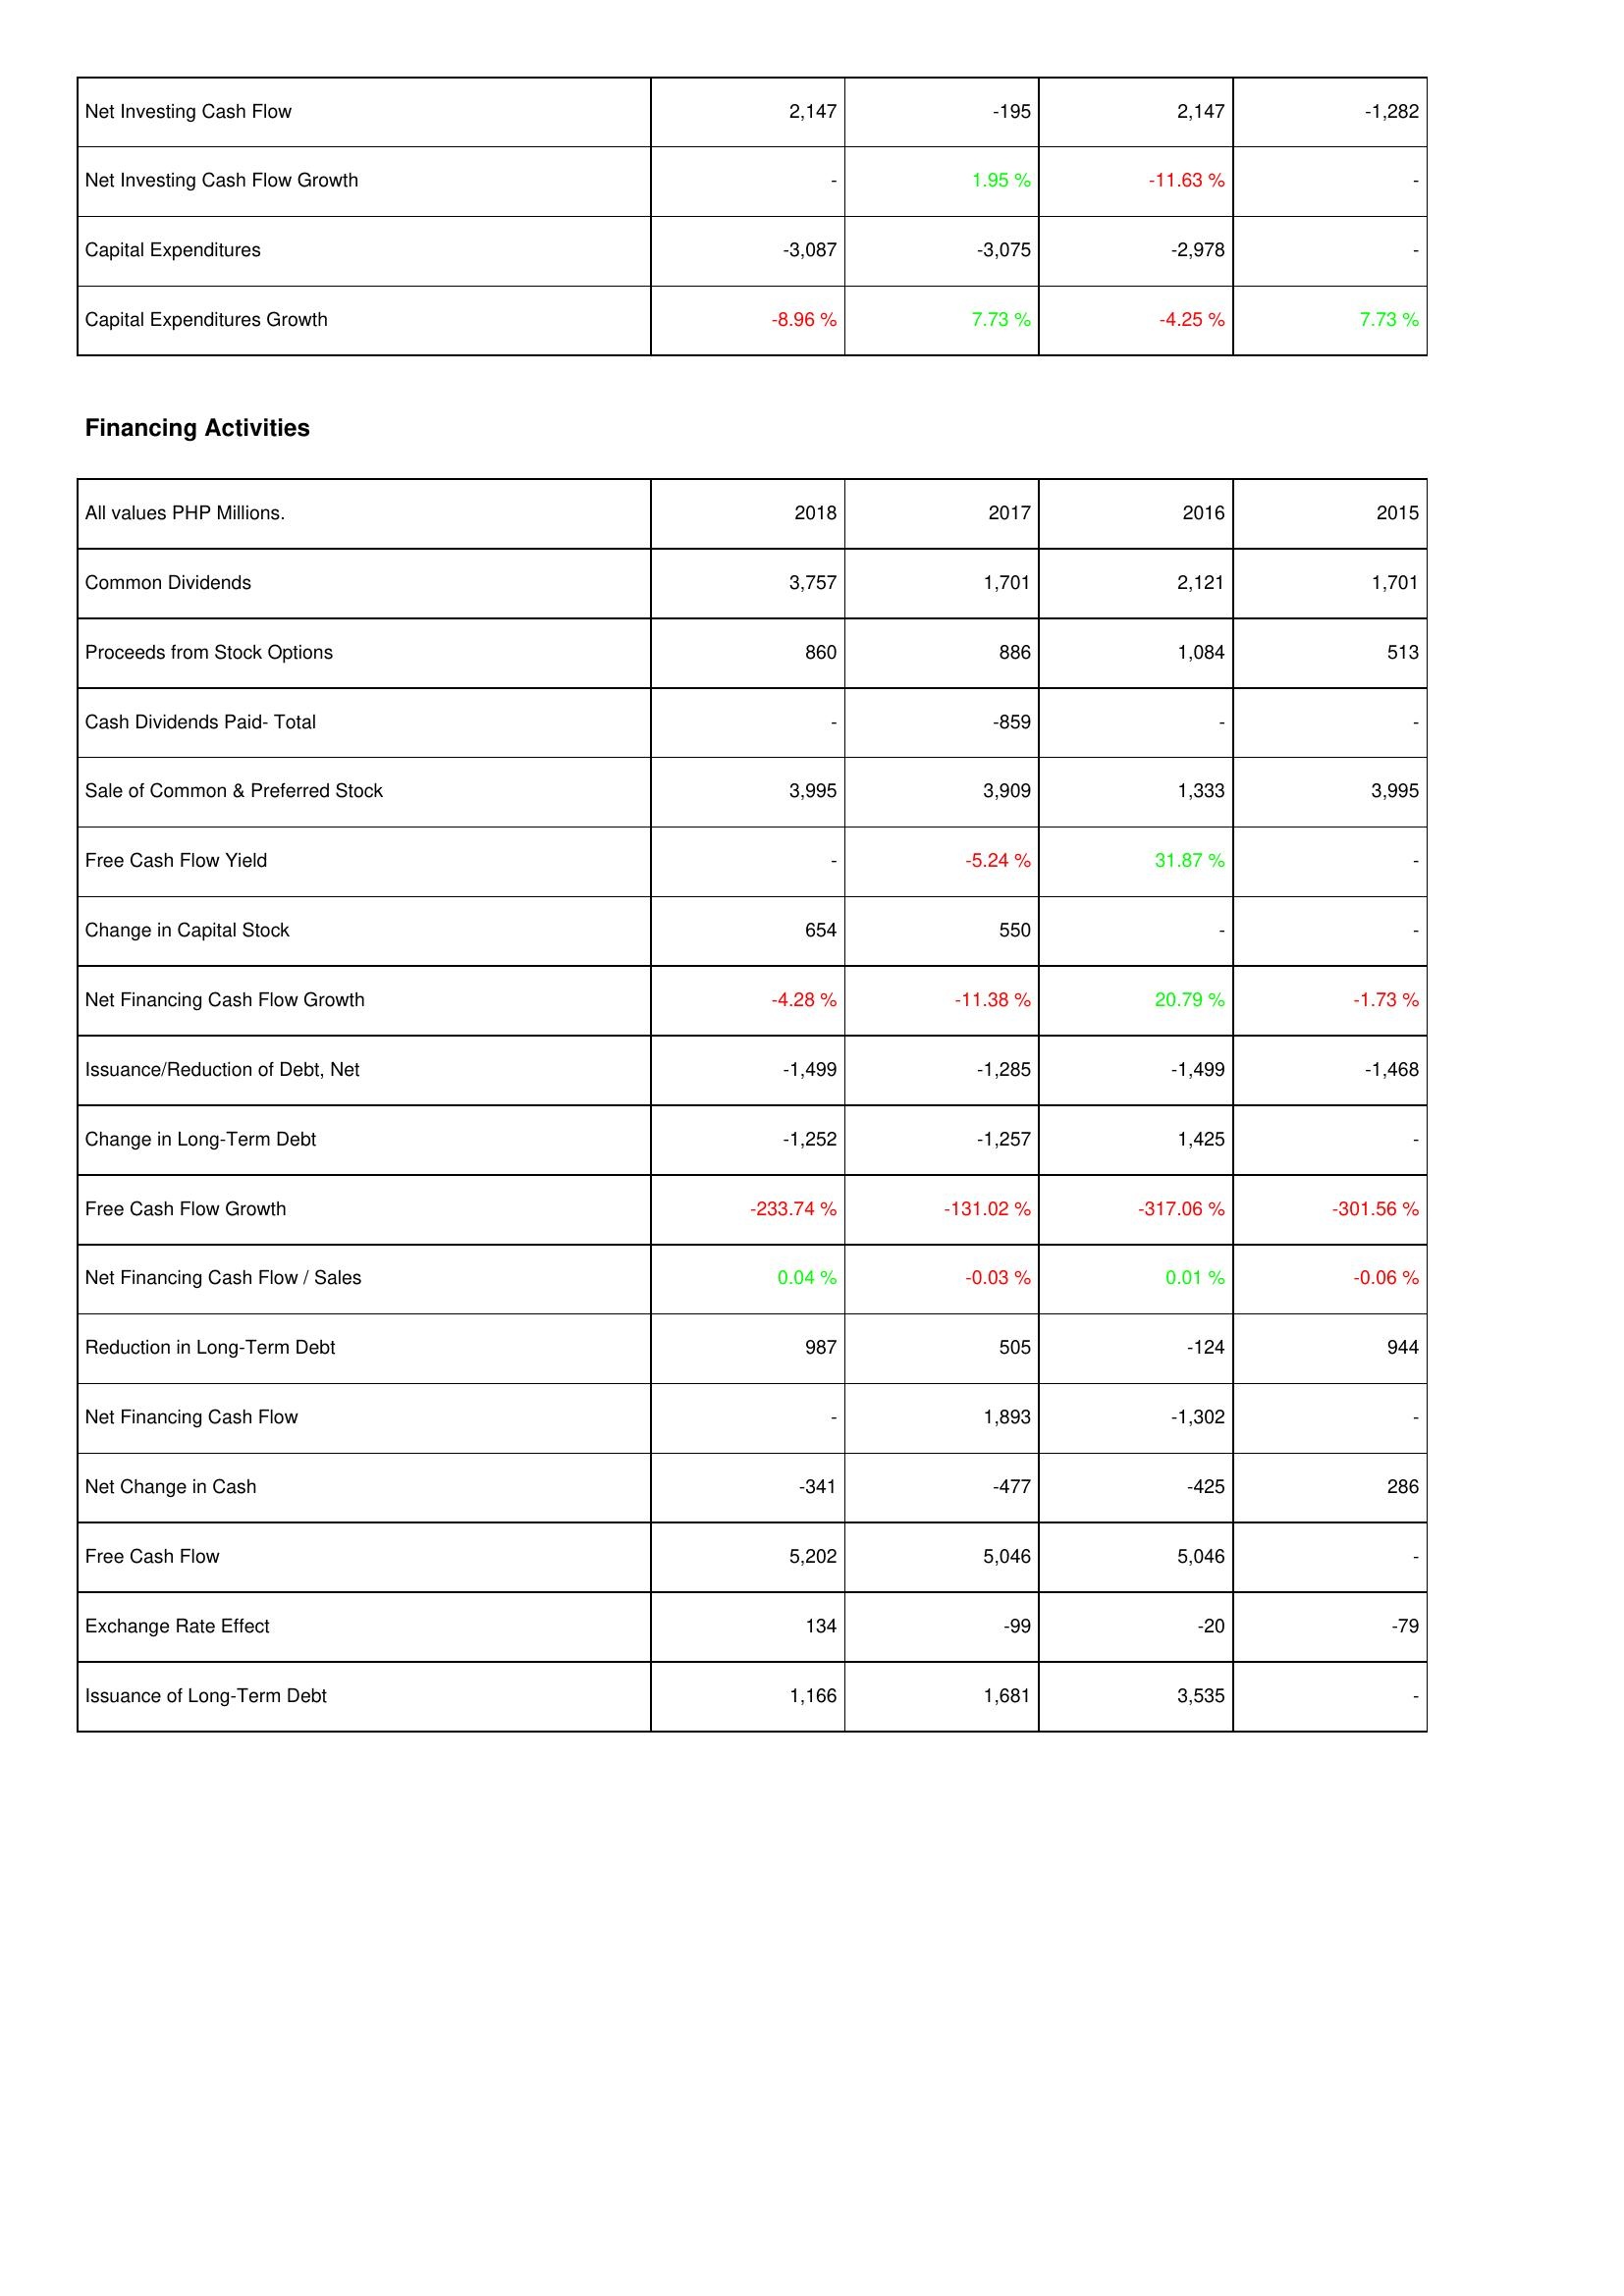
2018: Investing Activities: Net Investing Cash Flow: 2,147
Net Investing Cash Flow Growth: -
Capital Expenditures: -3,087
Capital Expenditures Growth: -8.96 %
Financing Activities: Common Dividends: 3,757
Proceeds from Stock Options: 860
Cash Dividends Paid- Total: -
Sale of Common & Preferred Stock: 3,995
Free Cash Flow Yield: -
Change in Capital Stock: 654
Net Financing Cash Flow Growth: -4.28 %
Issuance/Reduction of Debt, Net: -1,499
Change in Long-Term Debt: -1,252
Free Cash Flow Growth: -233.74 %
Net Financing Cash Flow / Sales: 0.04 %
Reduction in Long-Term Debt: 987
Net Financing Cash Flow: -
Net Change in Cash: -341
Free Cash Flow: 5,202
Exchange Rate Effect: 134
Issuance of Long-Term Debt: 1,166
2017: Investing Activities: Net Investing Cash Flow: -195
Net Investing Cash Flow Growth: 1.95 %
Capital Expenditures: -3,075
Capital Expenditures Growth: 7.73 %
Financing Activities: Common Dividends: 1,701
Proceeds from Stock Options: 886
Cash Dividends Paid- Total: -859
Sale of Common & Preferred Stock: 3,909
Free Cash Flow Yield: -5.24 %
Change in Capital Stock: 550
Net Financing Cash Flow Growth: -11.38 %
Issuance/Reduction of Debt, Net: -1,285
Change in Long-Term Debt: -1,257
Free Cash Flow Growth: -131.02 %
Net Financing Cash Flow / Sales: -0.03 %
Reduction in Long-Term Debt: 505
Net Financing Cash Flow: 1,893
Net Change in Cash: -477
Free Cash Flow: 5,046
Exchange Rate Effect: -99
Issuance of Long-Term Debt: 1,681
2016: Investing Activities: Net Investing Cash Flow: 2,147
Net Investing Cash Flow Growth: -11.63 %
Capital Expenditures: -2,978
Capital Expenditures Growth: -4.25 %
Financing Activities: Common Dividends: 2,121
Proceeds from Stock Options: 1,084
Cash Dividends Paid- Total: -
Sale of Common & Preferred Stock: 1,333
Free Cash Flow Yield: 31.87 %
Change in Capital Stock: -
Net Financing Cash Flow Growth: 20.79 %
Issuance/Reduction of Debt, Net: -1,499
Change in Long-Term Debt: 1,425
Free Cash Flow Growth: -317.06 %
Net Financing Cash Flow / Sales: 0.01 %
Reduction in Long-Term Debt: -124
Net Financing Cash Flow: -1,302
Net Change in Cash: -425
Free Cash Flow: 5,046
Exchange Rate Effect: -20
Issuance of Long-Term Debt: 3,535
2015: Investing Activities: Net Investing Cash Flow: -1,282
Net Investing Cash Flow Growth: -
Capital Expenditures: -
Capital Expenditures Growth: 7.73 %
Financing Activities: Common Dividends: 1,701
Proceeds from Stock Options: 513
Cash Dividends Paid- Total: -
Sale of Common & Preferred Stock: 3,995
Free Cash Flow Yield: -
Change in Capital Stock: -
Net Financing Cash Flow Growth: -1.73 %
Issuance/Reduction of Debt, Net: -1,468
Change in Long-Term Debt: -
Free Cash Flow Growth: -301.56 %
Net Financing Cash Flow / Sales: -0.06 %
Reduction in Long-Term Debt: 944
Net Financing Cash Flow: -
Net Change in Cash: 286
Free Cash Flow: -
Exchange Rate Effect: -79
Issuance of Long-Term Debt: -